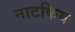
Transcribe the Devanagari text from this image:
नाटकिय